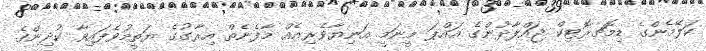
ކަލޭމެންގެ ޑިމޮޗރޮޓިކް ޖައްލާދުންގެ އައްޕަ މީނަމީ އަނިޔާވެރިއެއް މާފެނެތް އިރާގުގެ ޔަތީމުވެފައިވާ ކުދިންގެ